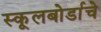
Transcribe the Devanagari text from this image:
स्कूलबोर्डाचे